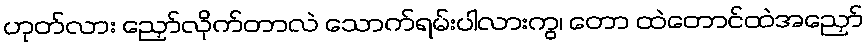
ဟုတ်လား ညှော်လိုက်တာလဲ သောက်ရမ်းပါလားကွ၊ တော ထဲတောင်ထဲအညှော်